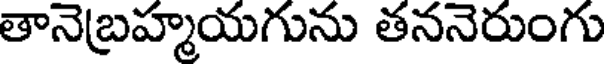
తానెబ్రహ్మయగును తననెరుంగు